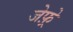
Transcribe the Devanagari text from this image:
जेफ़्रे